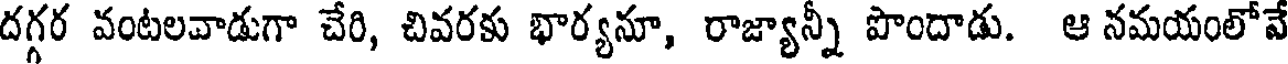
దగ్గర వంటలవాడుగా చేరి, చివరకు భార్యనూ, రాజ్యాన్నీ పొందాడు. ఆ నమయంలోవే